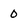
Character: 0